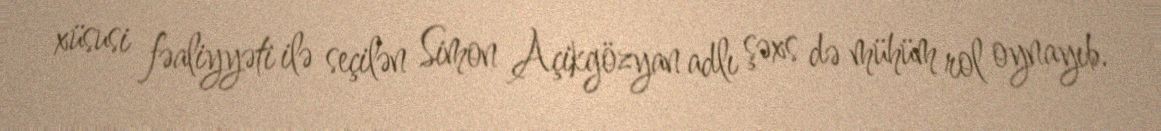
xüsusi fəaliyyəti ilə seçilən Simon Açikgözyan adlı şəxs də mühüm rol oynayıb.